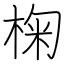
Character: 椈